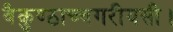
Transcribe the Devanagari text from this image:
वैकुण्ठाच्चगरीयसी।